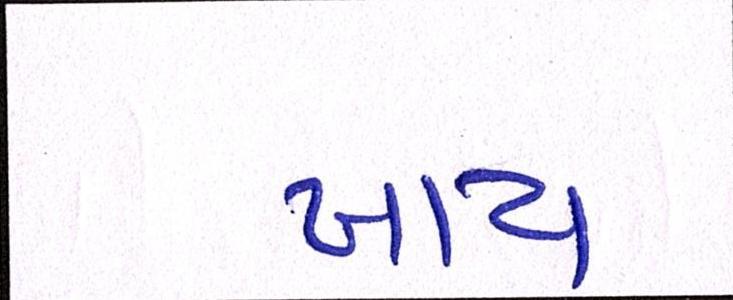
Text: ખાય